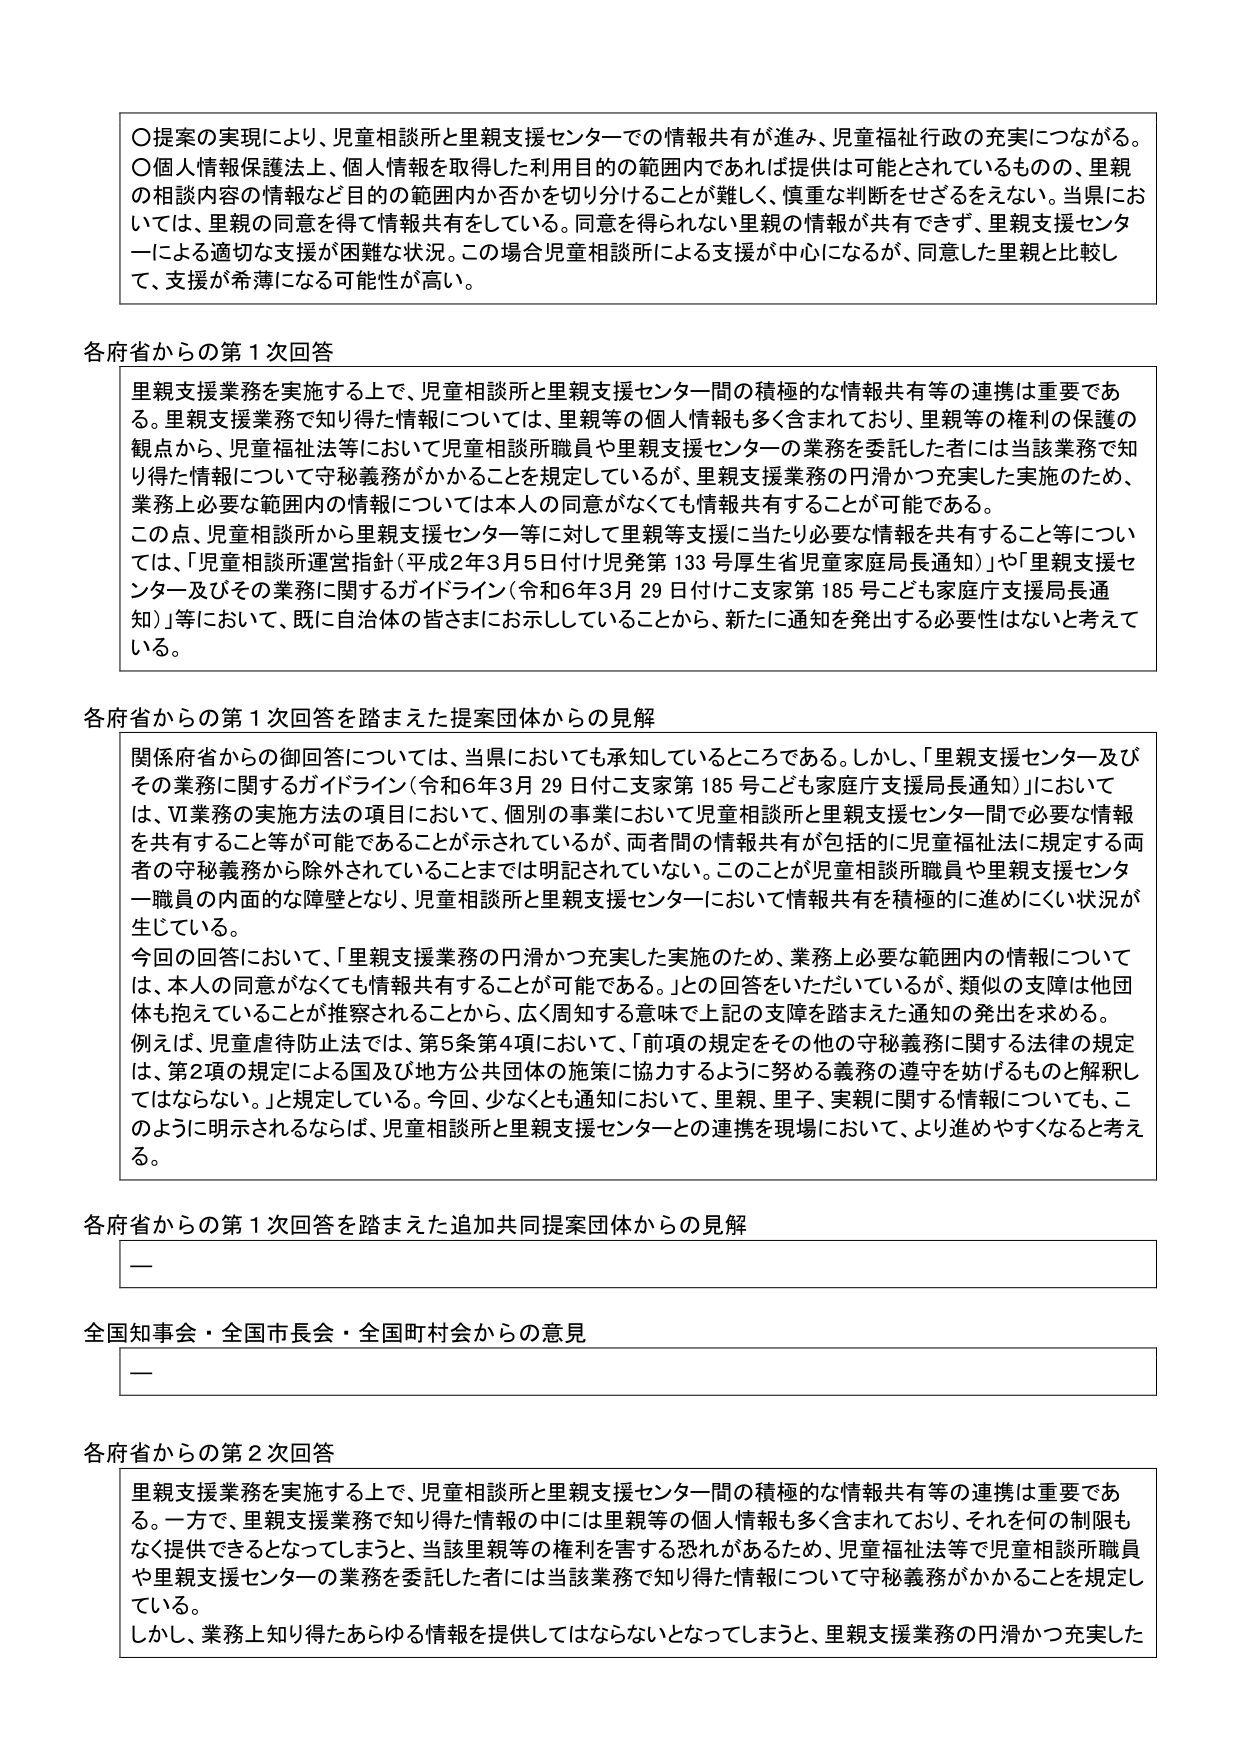
〇提案の実現により、児童相談所と里親支援センターでの情報共有が進み、児童福祉行政の充実につながる。
〇個人情報保護法上、個人情報を取得した利用目的の範囲内であれば提供は可能としているものの、里親の相談内容の情報など目的の範囲内か否かを切り分けることが難しく、慎重な判断をせざるをえない。当県においては、里親の同意を得て情報共有をしている。同意を得られない里親の情報が共有できず、里親支援センターによる適切な支援が困難な状況。この場合児童相談所による支援が中心になるが、同意した里親と比較して、支援が希薄になる可能性が高い。

各府省からの第１次回答
里親支援業務を実施する上で、児童相談所と里親支援センター間の積極的な情報共有等の連携は重要である。里親支援業務で知り得た情報については、里親等の個人情報も多く含まれており、里親等の権利の保護の観点から、児童福祉法等において児童相談所職員や里親支援センターの業務を委託した者には当該業務で知り得た情報について守秘義務がかかることを規定しているが、里親支援業務の円滑かつ充実した実施のため、業務上必要な範囲内の情報については本人の同意がなくても情報共有することが可能である。
この点、児童相談所から里親支援センター等に対して里親等支援に当たり必要な情報を共有すること等については、「児童相談所運営指針（平成2年3月5日付け児発第133号厚生省児童家庭局長通知）」や「里親支援センター及びその業務に関するガイドライン（令和6年3月29日付けこ支家第185号こども家庭庁支援局長通知）」において、既に自治体の皆さまにお示ししていることから、新たに通知を発出する必要性はないと考えている。

各府省からの第１次回答を踏まえた提案団体からの見解
関係府省からの御回答については、当県においても承知しているところである。しかし、「里親支援センター及びその業務に関するガイドライン（令和6年3月29日付けこ支家第185号こども家庭庁支援局長通知）」においては、Ⅵ業務の実施方法の項目において、個別の事業において児童相談所と里親支援センター間で必要な情報を共有すること等が可能であることが示されているが、両者間の情報共有が包括的に児童福祉法に規定する両者の守秘義務から除外されていることまでは明記されていない。このことが児童相談所職員や里親支援センター職員の内面的な障壁となり、児童相談所と里親支援センターにおいて情報共有を積極的に進めにくい状況が生じている。
今回の回答において、「里親支援業務の円滑かつ充実した実施のため、業務上必要な範囲内の情報については、本人の同意がなくても情報共有することが可能である。」との回答をいただいているが、類似の支障は他団体も抱えていることが推察されることから、広く周知する意味で上記の支障を踏まえた通知の発出を求める。
例えば、児童虐待防止法では、第5条第4項において、「前項の規定をその他の守秘義務に関する法律の規定は、第2項の規定による国及び地方公共団体の施策に協力するように努める義務の遵守を妨げるものと解釈してはならない。」と規定している。今回、少なくとも通知において、里親、里子、実親に関する情報についても、このように明示されるならば、児童相談所と里親支援センターとの連携を現場において、より進めやすくなると考える。

各府省からの第１次回答を踏まえた追加共同提案団体からの見解
ー

全国知事会・全国市長会・全国町村会からの意見
ー

各府省からの第２次回答
里親支援業務を実施する上で、児童相談所と里親支援センター間の積極的な情報共有等の連携は重要である。一方で、里親支援業務で知り得た情報の中には里親等の個人情報も多く含まれており、それを何の制限もなく提供できるとなってしまうと、当該里親等の権利を害する恐れがあるため、児童福祉法等で児童相談所職員や里親支援センターの業務を委託した者には当該業務で知り得た情報について守秘義務がかかることを規定している。
しかし、業務上知り得たあらゆる情報を提供してはならないとなってしまうと、里親支援業務の円滑かつ充実した